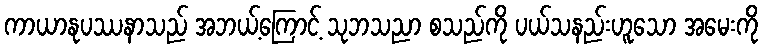
ကာယာနုပဿနာသည် အဘယ့်ကြောင့် သုဘသညာ စသည်ကို ပယ်သနည်းဟူသော အမေးကို